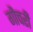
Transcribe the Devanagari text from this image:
गौचरी